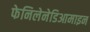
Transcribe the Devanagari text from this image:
फेनिलेनेडिआमाइन